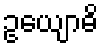
ဥယျောဓိ